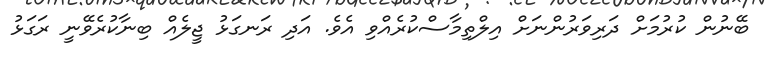
ބޭނުން ކުރުމަށް ދަރިވަރުންނަށް އިލްތިމާސްކުރެއްވި އެވެ. އަދި ރަނގަޅު ޖީލެއް ބިނާކުރެވޭނީ ރަގަޅު